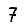
Digit: 7